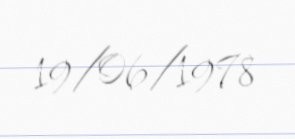
19/06/1978